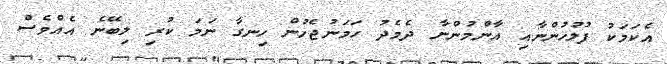
އެކަމަކު ފުލުހުންނާއި އާންމުންނާ ދެމެދު ހަމަނުޖެހުން ހިނގާ ނަމަ ކުރި ލިބޭނެ އެއްވެސް